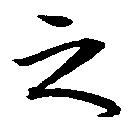
之